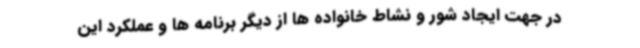
در جهت ایجاد شور و نشاط خانواده ها از دیگر برنامه ها و عملکرد این